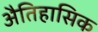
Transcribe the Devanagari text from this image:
अैतिहासिक